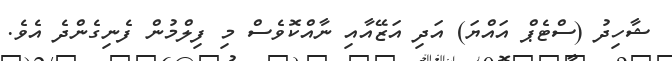
ޝާހިދު (ސްޓެޕް އައްޔަ) އަދި އަޒޭއާއި ނާއްކޮވެސް މި ފިލްމުން ފެނިގެންދެ އެވެ.